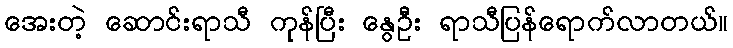
အေးတဲ့ ဆောင်းရာသီ ကုန်ပြီး နွေဦး ရာသီပြန်ရောက်လာတယ်။